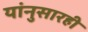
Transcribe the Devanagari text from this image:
यांनुसारही